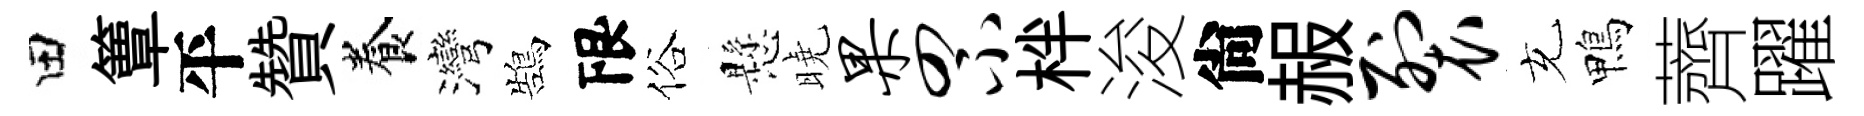
田簟平贊養灣鵠限俗懸曉果罘柈浚尙赧裂充鴨薺躍